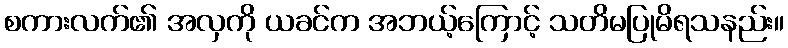
စကားလက်၏ အလှကို ယခင်က အဘယ့်ကြောင့် သတိမပြုမိရသနည်း။